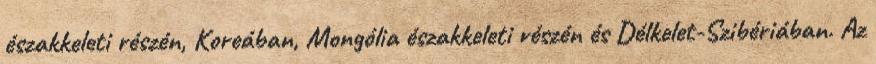
északkeleti részén, Koreában, Mongólia északkeleti részén és Délkelet-Szibériában. Az